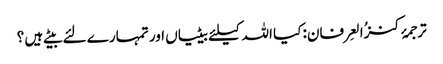
ترجمۂ کنزُالعِرفان: کیا اللہ کیلئے بیٹیاں اور تمہارے لئے بیٹے ہیں ؟